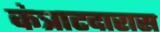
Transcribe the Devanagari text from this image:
कंत्राटदारास